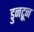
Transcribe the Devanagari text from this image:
डुनट्रून